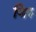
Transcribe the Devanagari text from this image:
जिरु